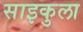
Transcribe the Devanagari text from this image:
साइकुला